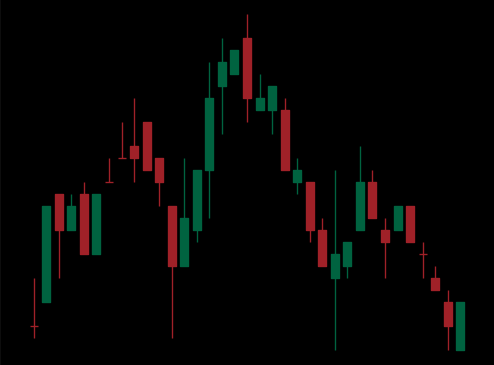
Pattern: head_shoulders